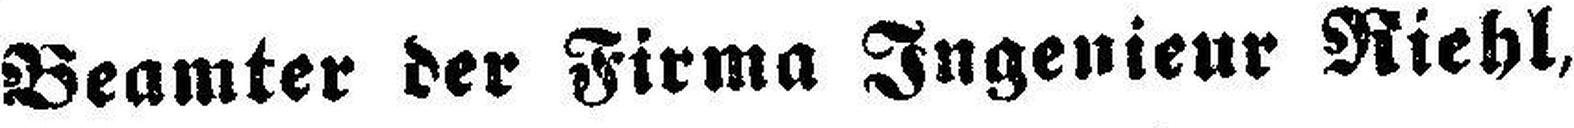
Beamter der Firma Ingenieur Riehl,